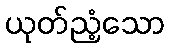
ယုတ်ညံ့သော